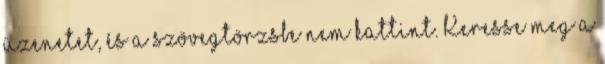
üzenetet, és a szövegtörzsbe nem kattint. Keresse meg a